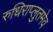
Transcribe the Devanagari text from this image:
रुधिराप्लुतमेव